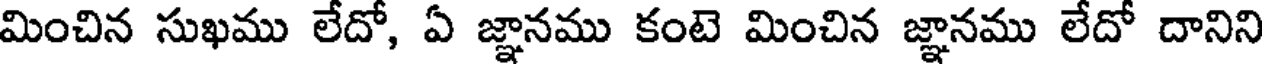
మించిన సుఖము లేదో, ఏ జ్ఞానము కంటె మించిన జ్ఞానము లేదో దానిని